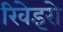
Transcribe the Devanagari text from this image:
रिवेइरो